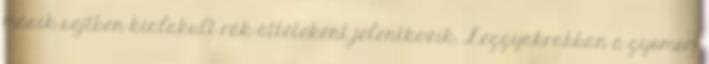
másik sejtben kialakult rák áttéteként jelentkezik. Leggyakrabban a gyomor-